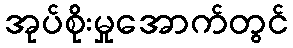
အုပ်စိုးမှုအောက်တွင်